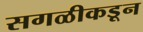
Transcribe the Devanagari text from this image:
सगळीकडून